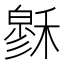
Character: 𥡻